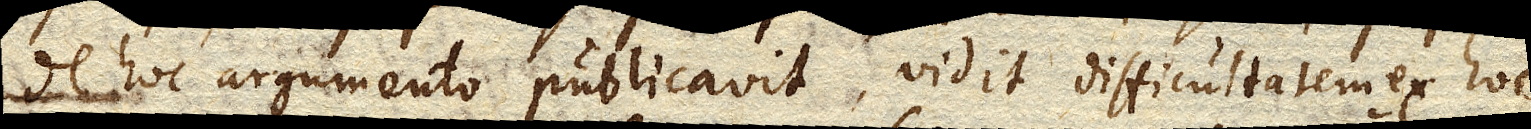
de hoc argumento publicavit, vidit difficultatem ex hoc